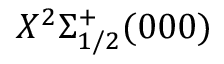
X ^ { 2 } \Sigma _ { 1 / 2 } ^ { + } ( 0 0 0 )